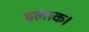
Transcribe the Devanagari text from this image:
ब्‍लाक।